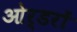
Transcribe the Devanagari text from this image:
ओर्डरों